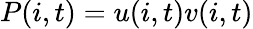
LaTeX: P(i,t)=u(i,t)v(i,t)